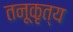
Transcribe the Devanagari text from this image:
तनूकृत्य